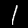
Label: 1